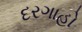
દરગાહો